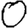
Digit: 0